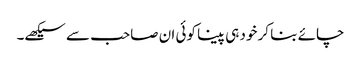
چائے بنا کر خود ہی پینا کوئی ان صاحب سے سیکھے۔